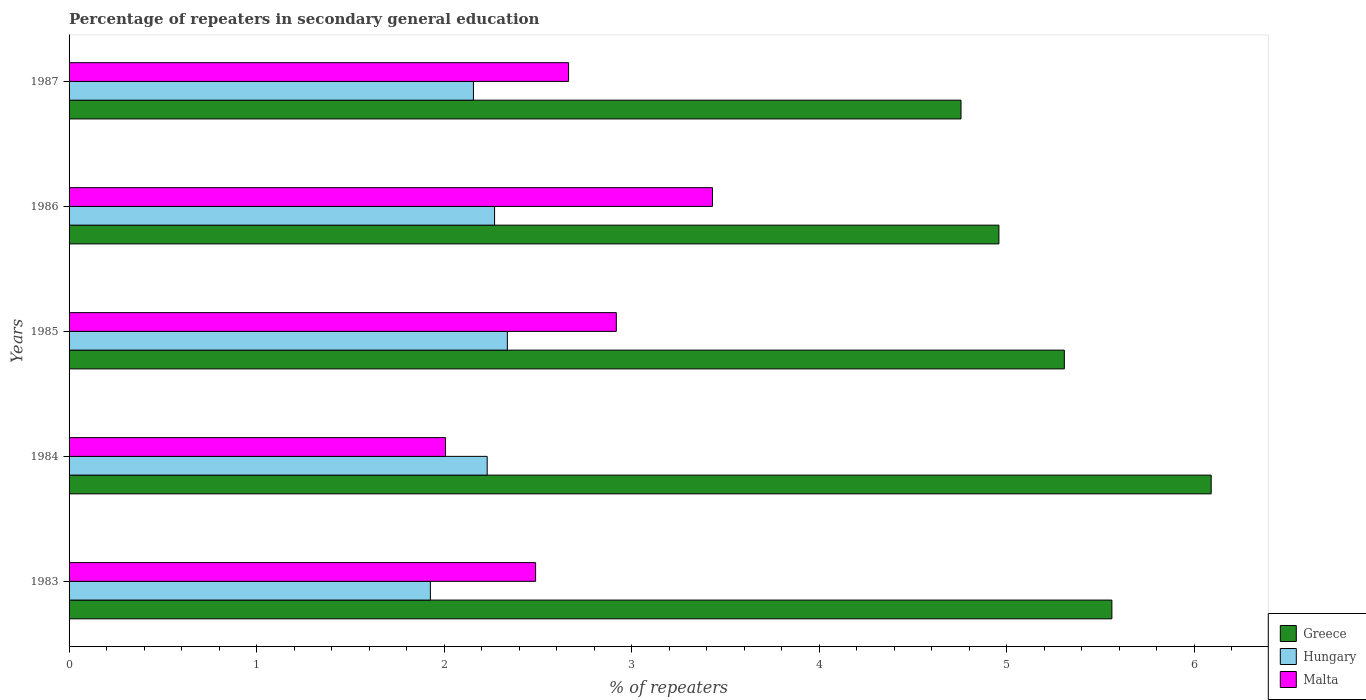
| Years | Greece | Hungary | Malta |
 | --- | --- | --- | --- |
 | 1983 | 5.56 | 1.93 | 2.49 |
 | 1984 | 6.09 | 2.23 | 2.01 |
 | 1985 | 5.31 | 2.34 | 2.92 |
 | 1986 | 4.96 | 2.27 | 3.43 |
 | 1987 | 4.76 | 2.16 | 2.66 |